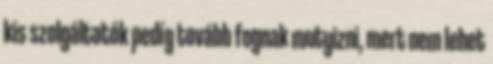
kis szolgáltatók pedíg tovább fognak mutyizni, mert nem lehet